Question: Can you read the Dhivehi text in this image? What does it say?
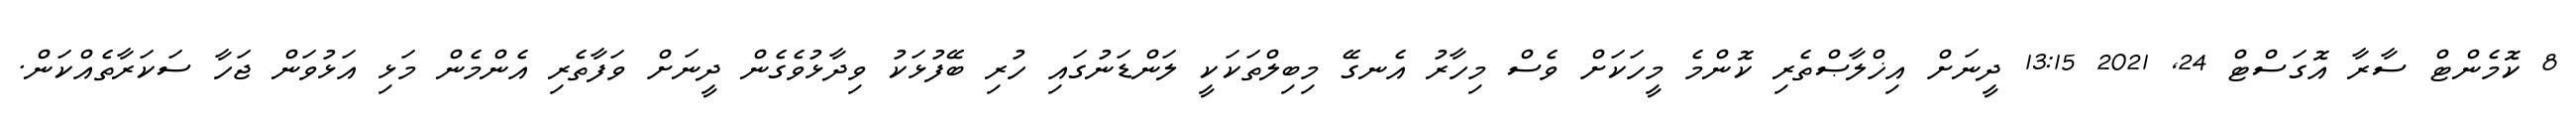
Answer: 8 ކޮމެންޓް ސާރާ އޮގަސްޓް 24, 2021 13:15 ދީނަށް އިޚްލާޞްތެރި ކޮންމެ މީހަކަށް ވެސް މިހާރު އެނގޭ މިބިލްތަކަކީ ލަންޑަނުގައި ހުރި ބޭފުޅަކު ވިދާޅުވެގެން ދީނަށް ވަފާތެރި އެންމެން މަޅި އަޅުވަން ޖަހާ ސަކަރާތެއްކަން.